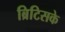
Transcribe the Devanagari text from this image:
ब्रिटिसके